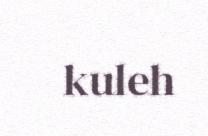
kuleh